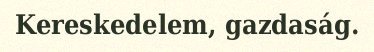
Kereskedelem, gazdaság.